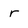
Character: r